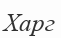
Харг